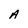
Character: A